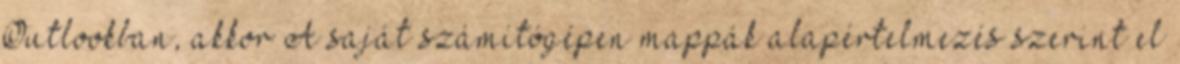
Outlookban, akkor A saját számítógépen mappák alapértelmezés szerint el